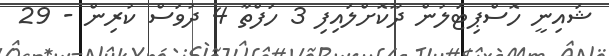
ޝައިނީ ހޮސްޕިޓަލުން ދޫކޮށްލައިފި 3 ހަފްތާ 4 ދުވަސް ކުރިން - 29